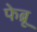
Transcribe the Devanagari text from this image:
फेब्रू